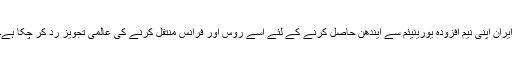
ایران اپنی نیم افزودہ یورینیئم سے ایندھن حاصل کرنے کے لئے اسے روس اور فرانس منتقل کرنے کی عالمی تجویز ردّ کر چکا ہے۔